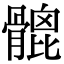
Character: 𩪅